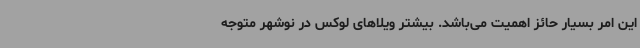
این امر بسیار حائز اهمیت می‌باشد. بیشتر ویلاهای لوکس در نوشهر متوجه